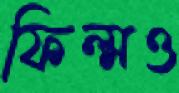
ফিল্মও